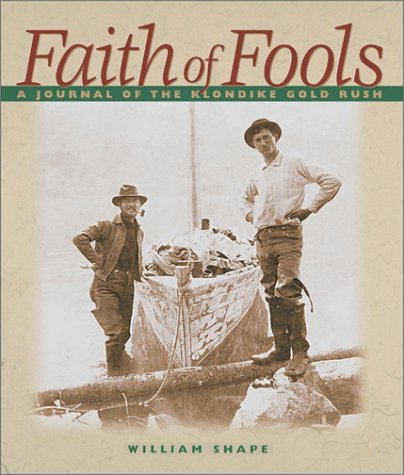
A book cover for Faith of Fools: A Journal of the Klondike Gold Rush; William Shape; Biographies & Memoirs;